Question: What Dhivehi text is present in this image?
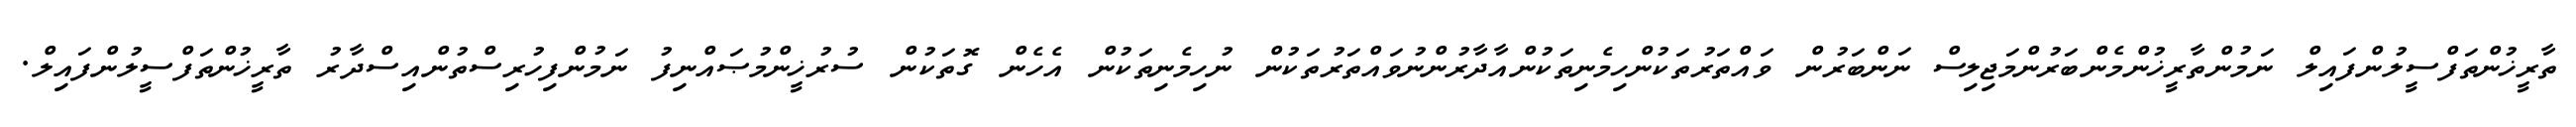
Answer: ތާރީޚުންތަފްސީލުންފައިލް ނަމުންތާރީޚުންމެންބަރުންމަޖިލިސް ނަންބަރުން ވައްތަރުތަކުންހިމެނިތަކުންއާދާރުންނުވައްތަރުތަކުން ނުހިމެނިތަކުން އެހެން ގޮތަކުން ސުރުޚީންމުޞައްނިފު ނަމުންފިހުރިސްތުންއިސްދާރު ތާރީޚުންތަފްސީލުންފައިލް.